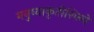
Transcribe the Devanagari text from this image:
मनुष्याकृतीशिल्पे